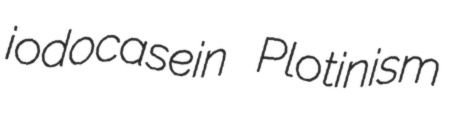
iodocasein Plotinism